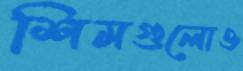
শিমগুলোও